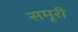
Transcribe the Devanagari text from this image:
समूरी